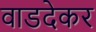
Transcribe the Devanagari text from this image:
वाडदेकर